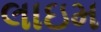
લાઇમ